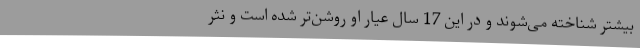
بیشتر شناخته می‌شوند و در این 17 سال عیار او روشن‌تر شده است و نثر